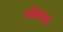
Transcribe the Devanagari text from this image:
पवित्रोपण